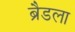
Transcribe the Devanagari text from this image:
ब्रैडला